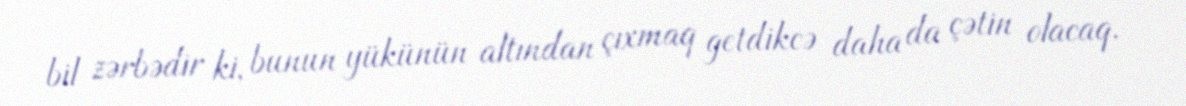
bil zərbədir ki, bunun yükünün altından çıxmaq getdikcə daha da çətin olacaq.